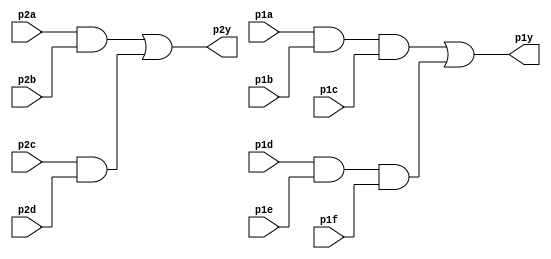
module top_module ( 
    input p1a, p1b, p1c, p1d, p1e, p1f,
    output p1y,
    input p2a, p2b, p2c, p2d,
    output p2y );
  
    wire x,y,z,w;
    assign x=p2a&p2b;
    assign y=p2c&p2d;
    assign p2y=x|y;     //Output 1
    assign z=p1a&p1b&p1c;
    assign w=p1d&p1e&p1f;
    assign p1y=z|w;     //Output 2


endmodule